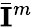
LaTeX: \bar{\mathbf{I}}^{m}